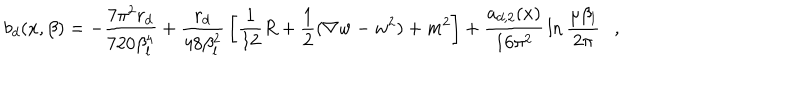
b _ { d } ( x , \beta ) = - { \frac { 7 \pi ^ { 2 } r _ { d } } { 7 2 0 \beta _ { l } ^ { 4 } } } + { \frac { r _ { d } } { 4 8 \beta _ { l } ^ { 2 } } } \left[ { \frac { 1 } { 1 2 } } R + \frac 1 2 ( \nabla w - w ^ { 2 } ) + m ^ { 2 } \right] + { \frac { a _ { d , 2 } ( x ) } { 1 6 \pi ^ { 2 } } } \ln { \frac { \mu \beta _ { l } } { 2 \pi } } ,